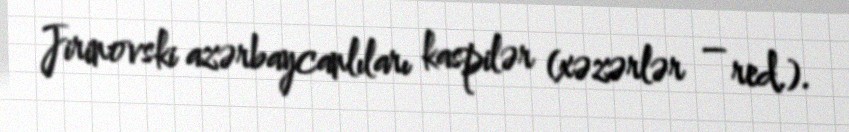
Jirinovski azərbaycanlıları kaspilər (xəzərlər – red.).